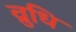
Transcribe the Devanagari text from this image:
व्रुधि